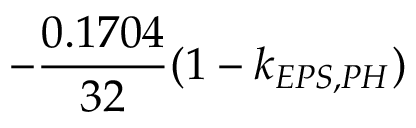
- \frac { 0 . 1 7 0 4 } { 3 2 } ( 1 - k _ { E P S , P H } )